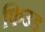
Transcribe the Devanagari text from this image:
फिउड